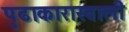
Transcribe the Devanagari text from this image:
पुढाकाराखाली